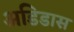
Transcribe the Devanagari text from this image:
अडिडास